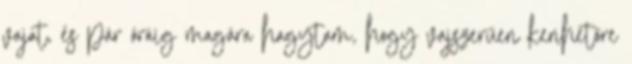
vajat, és pár óráig magára hagytam, hogy vajszerűen kenhetőre